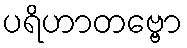
ပရိဟာတဗ္ဗော